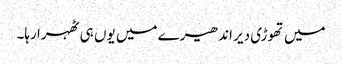
میں تھوڑی دیر اندھیرے میں یوں ہی ٹھہرا رہا۔